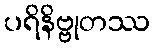
ပရိနိဗ္ဗုတဿ